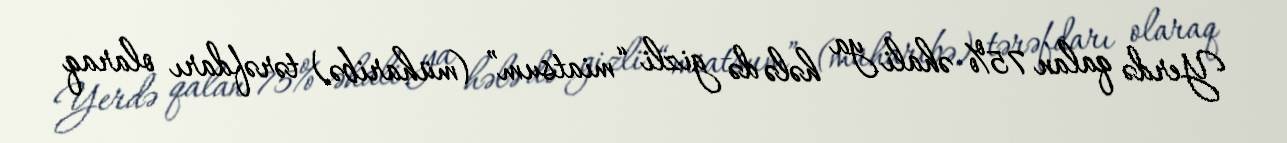
Yerdə qalan 75% əhali ya hələ də gizli “miatsum” (müharibə) tərəfdarı olaraq